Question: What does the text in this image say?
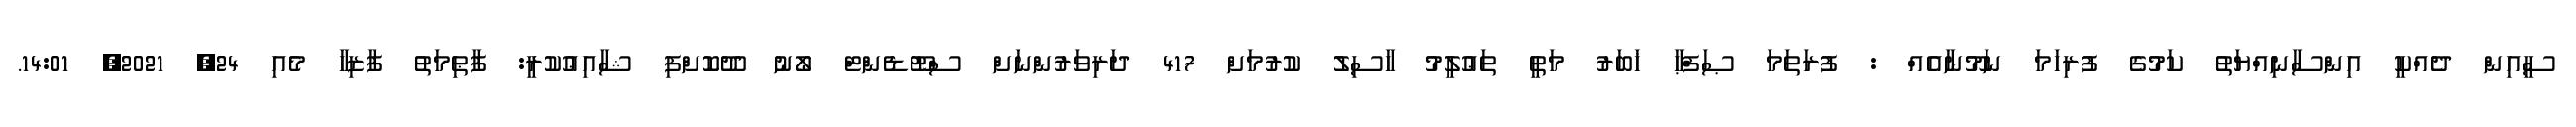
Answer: ސީއިން ދެއްކީ އިންސާނިއްޔަތު ކަމުގެ ފުރިހަމަ ނަމޫނާއެއް : ފުރަތަމަ ޞަފްޙާ ޚަބަރު މަތީ ތަޢުލީމު ހާސިލު ކުރުމަށް 417 ދަރިވަރުންނަށް ސްޓޫޑެންޓް ލޯނު ދޫކޮށްފި ޝާއިޢުކުރީ: ފާޠިމަތު ފާޒިހާ މެއި 24, 2021, 14:01.